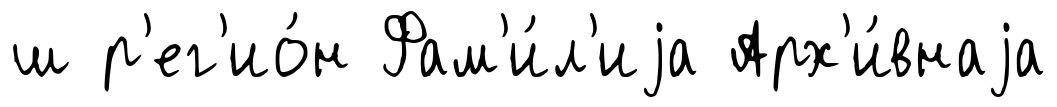
ш р'ег'ио́н Фам'и́л'иjа Арх'и́внаjа